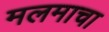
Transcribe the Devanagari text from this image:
मलमाचा